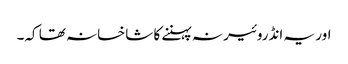
اور یہ انڈروئیر نہ پہننے کا شاخسانہ تھا کہ۔